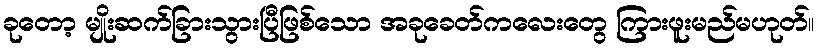
ခုတော့ မျိုးဆက်ခြားသွားပြီဖြစ်သော အခုခေတ်ကလေးတွေ ကြားဖူးမည်မဟုတ်။